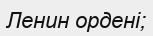
Ленин ордені;